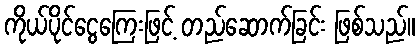
ကိုယ်ပိုင်ငွေကြေးဖြင့် တည်ဆောက်ခြင်း ဖြစ်သည်။